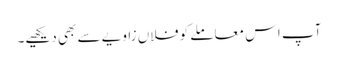
آپ اس معاملے کو فلاں زاویے سے بھی دیکھیے۔